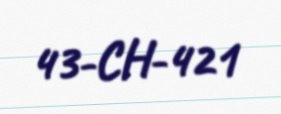
43-CH-421